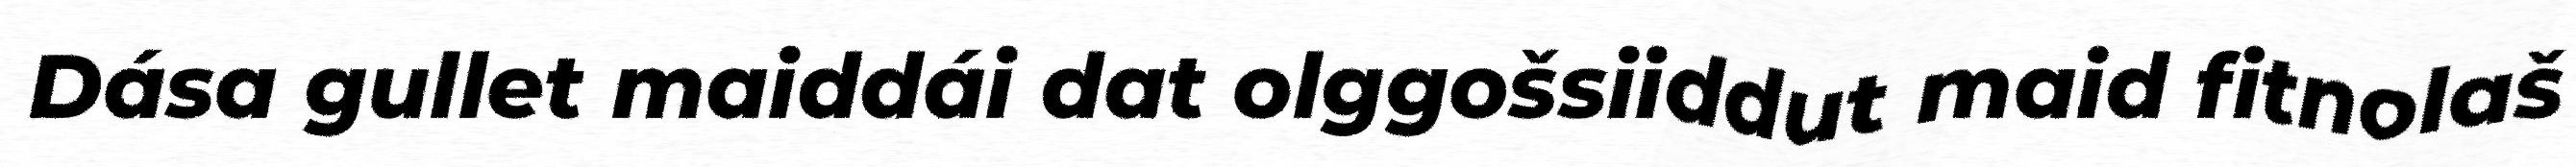
Dása gullet maiddái dat olggošsiiddut maid fitnolaš